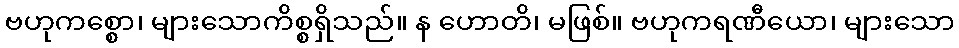
ဗဟုကစ္စော၊ များသောကိစ္စရှိသည်။ န ဟောတိ၊ မဖြစ်။ ဗဟုကရဏီယော၊ များသော